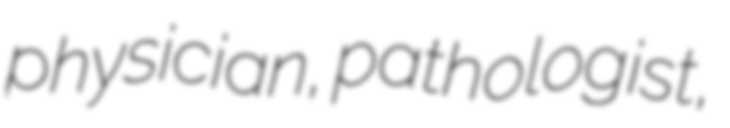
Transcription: physician, pathologist,